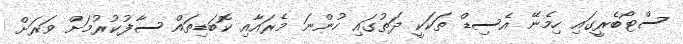
ސްޓޯބެރީގައި ހިމެނޭ އެސިޑް ތަކަކީ ދަތުގައި ހުންނަ މެރައާއި ކޮބަޑިތައް ސާފުކުރުމަށް ވަރަށް